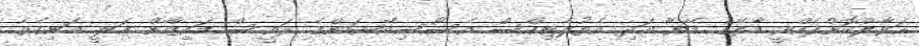
ޙަވާލްކޮށްދެއްވީ މާލޭގެ މޭޔާ އަދި އެތުލެޓިކްސް އެސޯސިއޭޝަންގެ ރައީސް މައިޒާން ޢަލީ މަނިކެވެ.